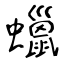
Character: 蠟